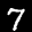
Label: 7